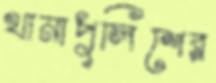
থানাপুলিশের